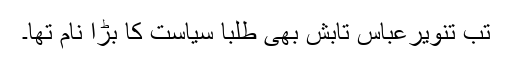
تب تنویرعباس تابش بھی طلبا سیاست کا بڑا نام تھا۔